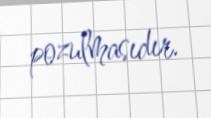
pozulmasıdır.